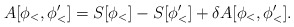
\begin{align*}A[\phi_<,\phi_<'] = S[\phi_<] - S[\phi_<'] + \delta A[\phi_<,\phi_<'].\end{align*}